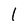
Character: l